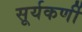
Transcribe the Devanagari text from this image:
सूर्यकर्णी